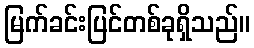
မြက်ခင်းပြင်တစ်ခုရှိသည်။